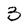
Character: 3